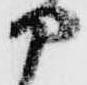
部